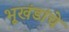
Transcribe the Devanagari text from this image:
भूखंडांचे